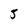
Character: 5